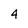
Character: 4